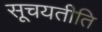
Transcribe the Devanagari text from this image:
सूचयतीति